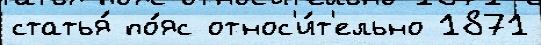
статья́ по́яс относ'и́т'ельно 1871